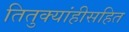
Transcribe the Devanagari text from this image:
तितुक्यांहीसहित